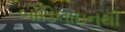
બોડિલાઇનથી